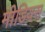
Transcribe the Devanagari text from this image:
मीडियस